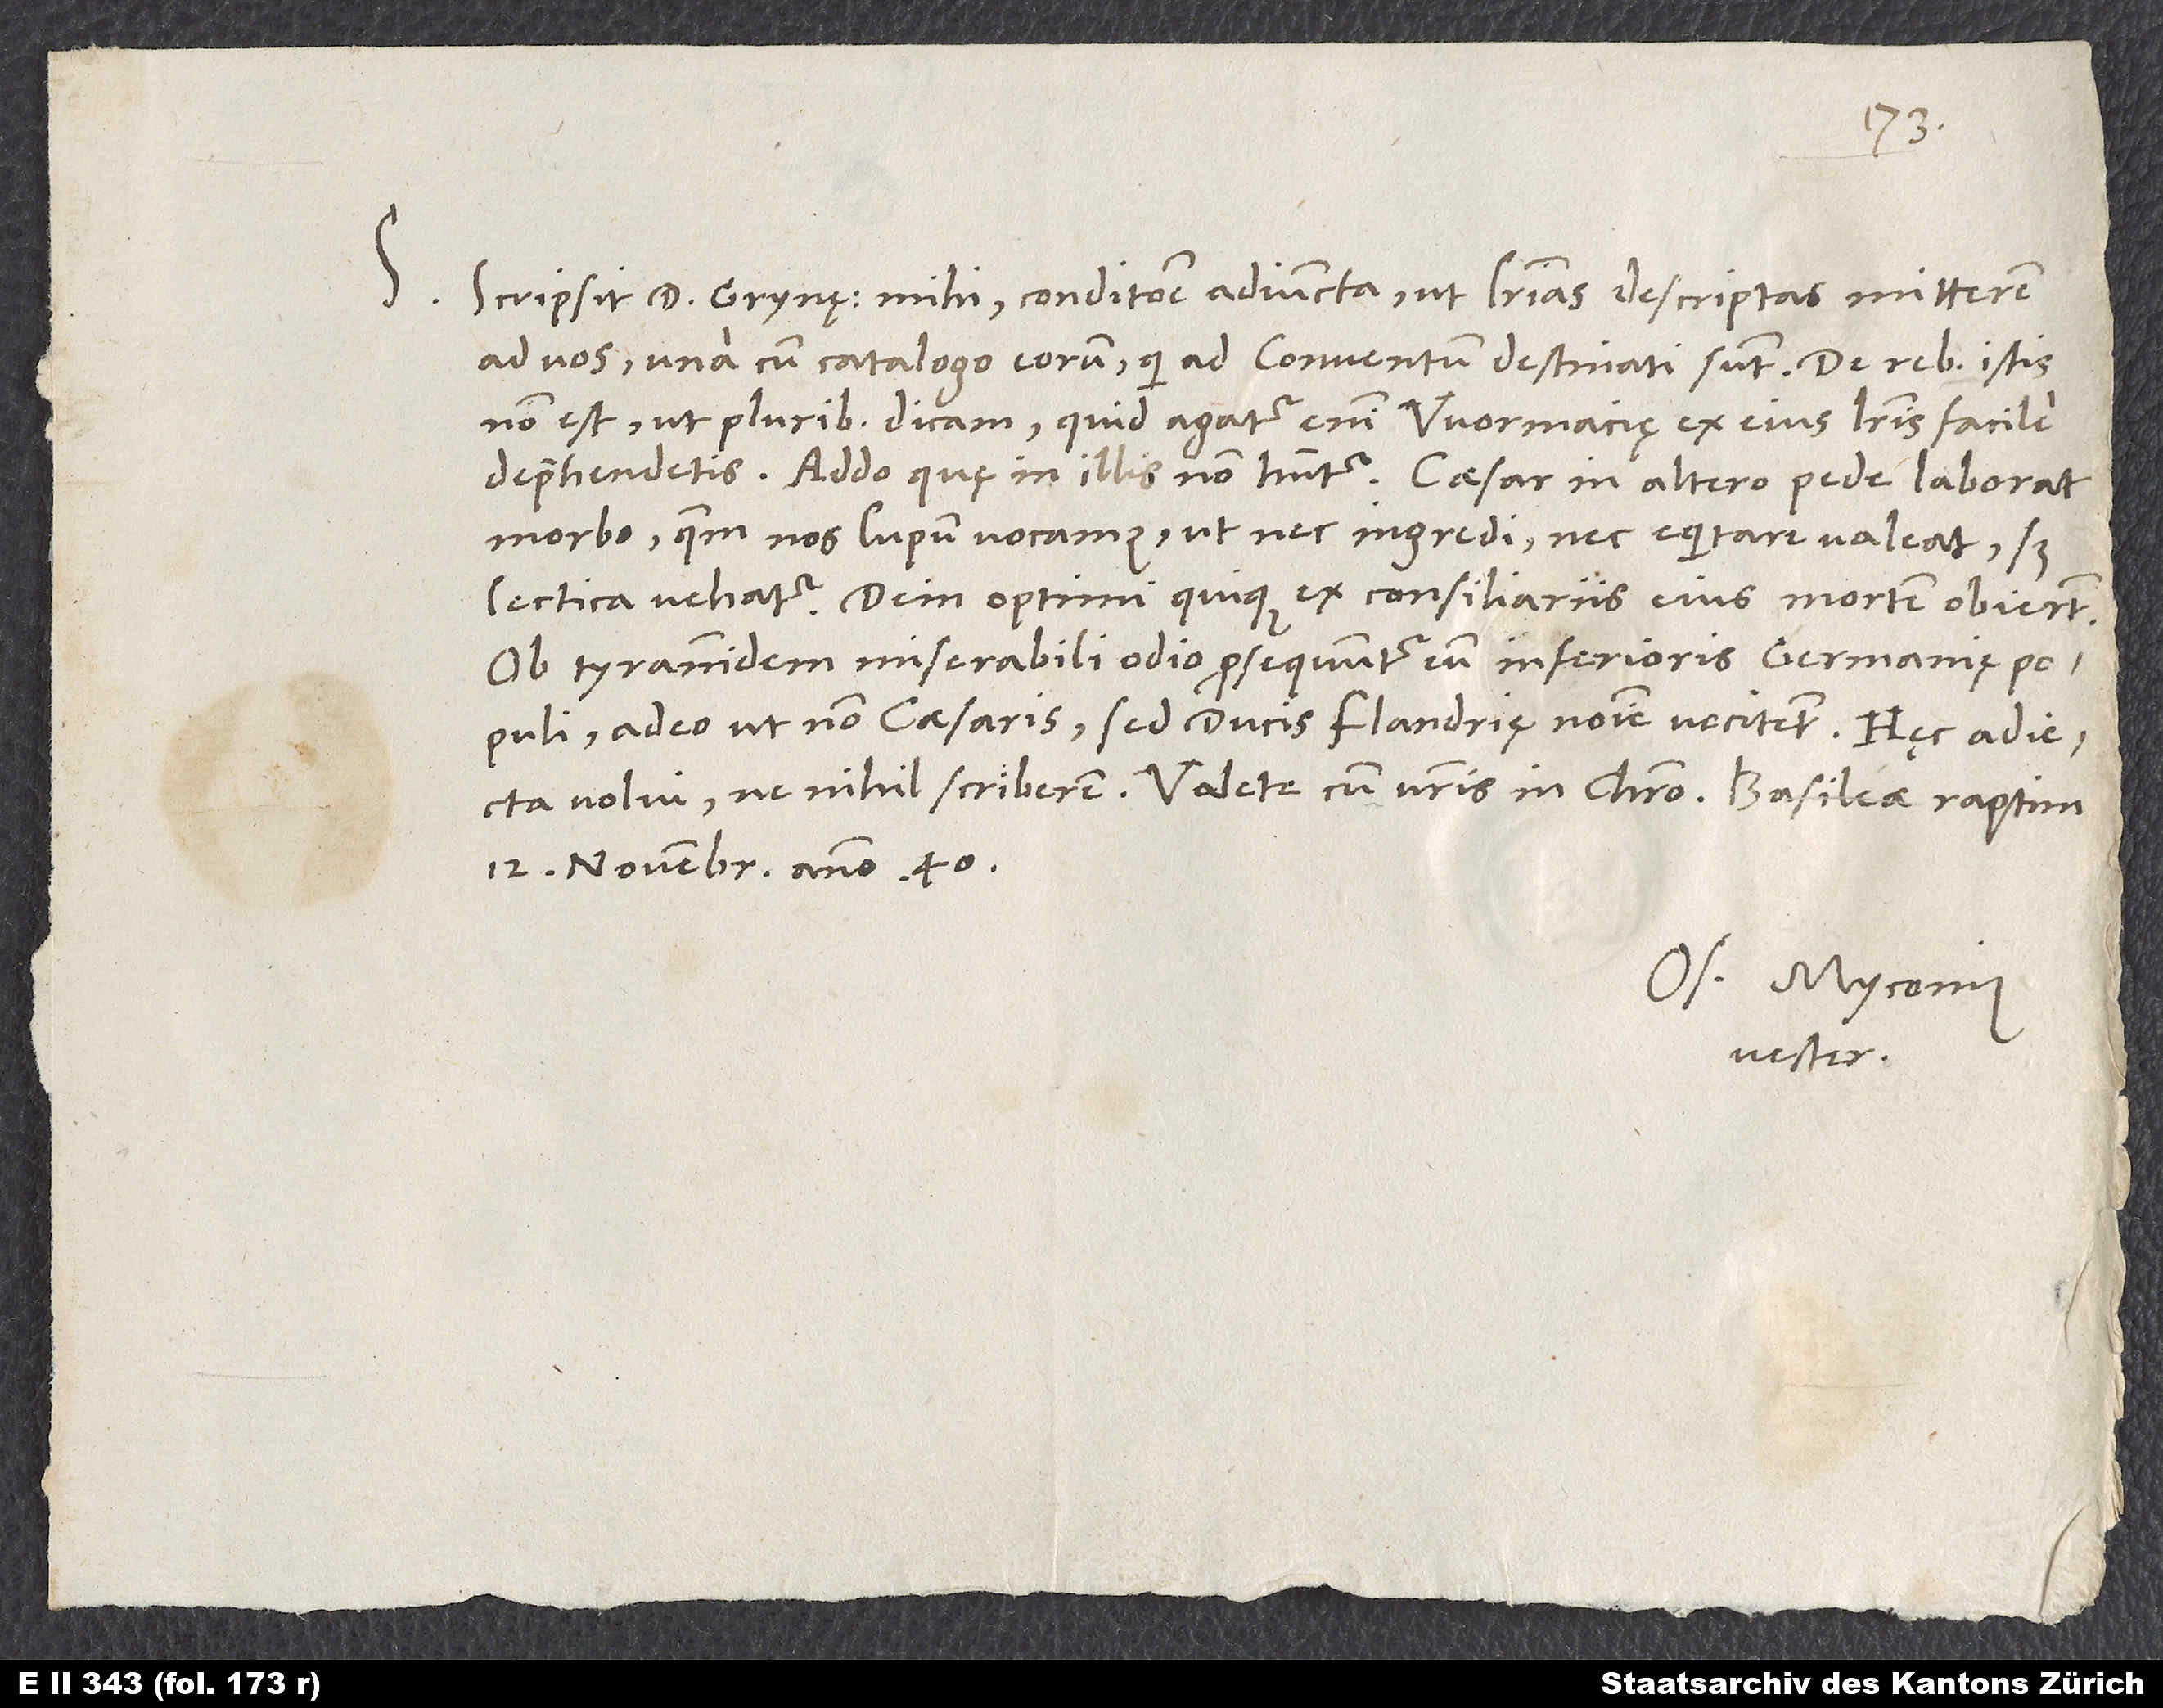
S.

Scripsit d. Grynęus mihi conditione adiuncta, ut literas descriptas mitterem
ad vos una cum catalogo eorum, qui ad conventum destinati sunt. De rebus istis
non est, ut pluribus dicam; quid agatur enim Wormacię, ex eius literis facile
deprehendetis. Addo, quę in illis non habentur: Caesar in altero pede laborat
morbo, quem nos lupum vocamus, ut nec ingredi nec equitare valeat, sed
lectica vehatur. Dein optimi quique ex consiliariis eius mortem obierunt.
Ob tyrannidem miserabili odio prosequuntur eum Inferioris Germanię
populi, adeo ut non caesaris, sed ducis Flandrię nomine vocitent. Hęc adiecta
12. novembris anno 40.
Os. Myconius
vester.